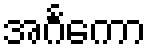
အင်္ဂကော